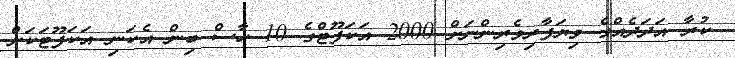
ކުރާ އަދަދެއްގެ ވިޔަފާރިވެރިންނަށް 2000 އަކަފޫޓްގެ 10 ހާސް ބިން އެކަނި އަކަފޫޓަކަށް